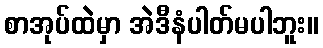
စာအုပ်ထဲမှာ အဲဒီနံပါတ်မပါဘူး။